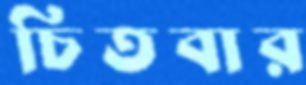
চিতবার